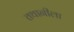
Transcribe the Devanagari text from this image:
तथानीला